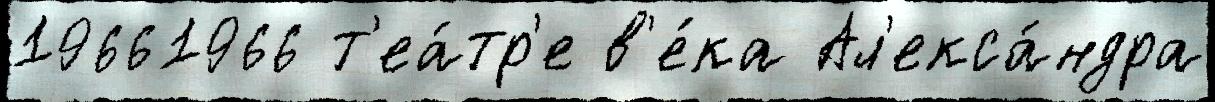
19661966 т'еа́тр'е в'е́ка Ал'екса́ндра